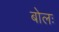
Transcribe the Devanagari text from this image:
बोलः